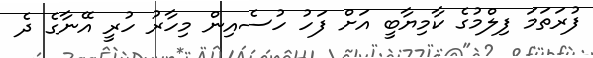
ފުރަތަމަ ފިލްމުގެ ކާމިޔާބީ އަށް ފަހު ހުސެއިން މިހާރު ހުރީ އޭނާގެ ދެ